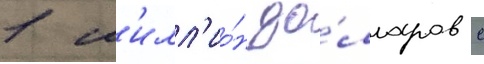
1 м'илл'ио́н до́лларов с